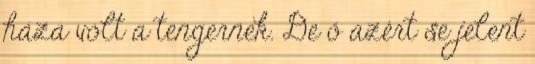
háza volt a tengernek. De ő azért se jelent